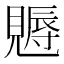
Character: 𧢁